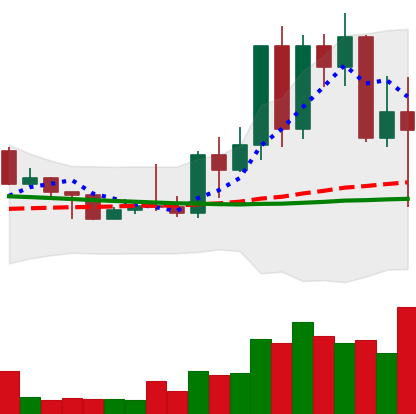
Ticker: TRX-USD
Chart end date: 2022-05-11
Forward return: -7.231%
Label: down_7plus